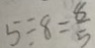
5 \div 8 = \frac { 8 } { 5 }